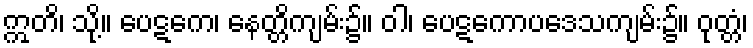
ဣတိ၊ သို့။ ပေဋကေ၊ နေတ္တိကျမ်း၌။ ဝါ၊ ပေဋကောပဒေသကျမ်း၌။ ဝုတ္တံ၊